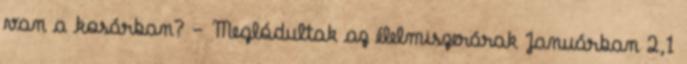
van a kosárban? - Meglódultak az élelmiszerárak Januárban 2,1